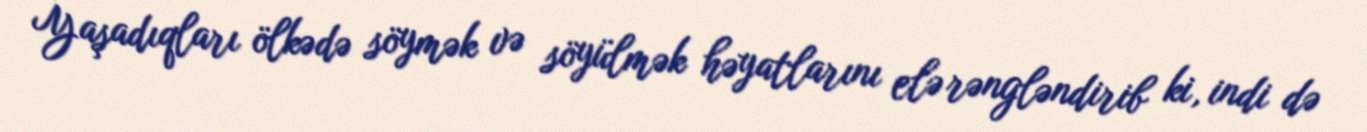
Yaşadıqları ölkədə söymək və söyülmək həyatlarını elə rəngləndirib ki, indi də